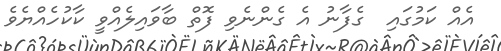
އެއް ކަމުގައި  ގެފާނު އެ ގެންނެވި ފޮތް ބާވައިލެއްވީ ކާކުހެއްޔެވެެ